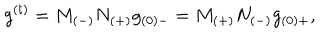
LaTeX: g ^ { ( t ) } = M _ { ( - ) } N _ { ( + ) } g _ { ( 0 ) - } = M _ { ( + ) } N _ { ( - ) } g _ { ( 0 ) + } ,